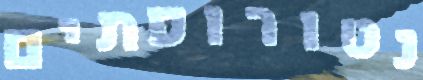
נטורופתים